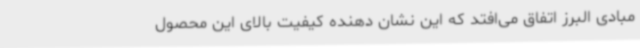
مبادی البرز اتفاق می‌افتد که این نشان دهنده کیفیت بالای این محصول